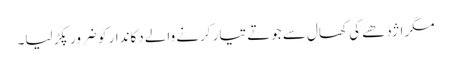
مگر اژدھے کی کھال سے جوتے تیار کرنے والے دکاندار کو ضرور پکڑ لیا۔